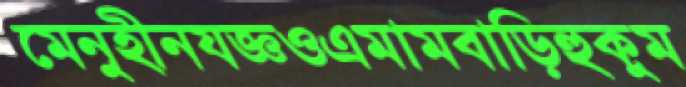
মেনুহীনযজ্ঞওএমামবাড়িহুকুম